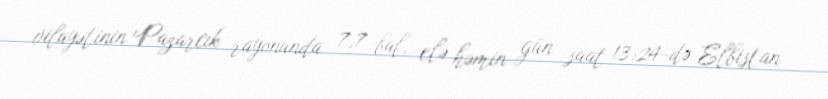
vilayətinin Pazarcık rayonunda 7,7 bal, elə həmin gün saat 13:24-də Elbistan